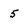
Character: 5